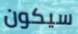
سيكون